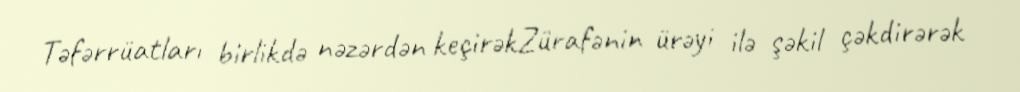
Təfərrüatları birlikdə nəzərdən keçirəkZürafənin ürəyi ilə şəkil çəkdirərək